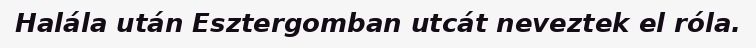
Halála után Esztergomban utcát neveztek el róla.